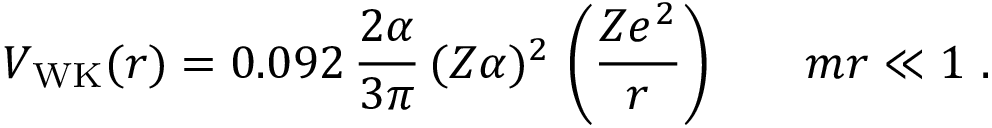
V _ { \mathrm { W K } } ( r ) = 0 . 0 9 2 \, \frac { 2 \alpha } { 3 \pi } \, ( Z \alpha ) ^ { 2 } \, \left( \frac { Z e ^ { 2 } } { r } \right) \, ~ ~ ~ ~ ~ m r \ll 1 ~ .